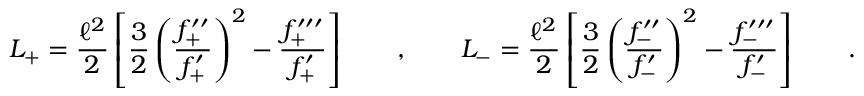
L _ { + } = \frac { \ell ^ { 2 } } 2 \left[ \frac 3 2 \left( \frac { f _ { + } ^ { \prime \prime } } { f _ { + } ^ { \prime } } \right) ^ { 2 } - \frac { f _ { + } ^ { \prime \prime \prime } } { f _ { + } ^ { \prime } } \right] \qquad , \qquad L _ { - } = \frac { \ell ^ { 2 } } 2 \left[ \frac 3 2 \left( \frac { f _ { - } ^ { \prime \prime } } { f _ { - } ^ { \prime } } \right) ^ { 2 } - \frac { f _ { - } ^ { \prime \prime \prime } } { f _ { - } ^ { \prime } } \right] \qquad .